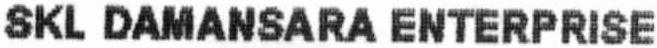
SKL DAMANSARA ENTERPRISE